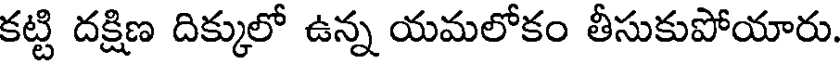
కట్టి దక్షిణ దిక్కులో ఉన్న యమలోకం తీసుకుపోయారు.